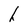
Character: h